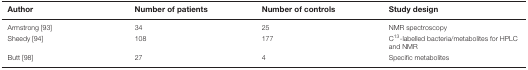
<table><thead><tr><td><b>Author</b></td><td><b>Number of patients</b></td><td><b>Number of controls</b></td><td><b>Study design</b></td></tr></thead><tbody><tr><td>Armstrong [93]</td><td>34</td><td>25</td><td>NMR spectroscopy</td></tr><tr><td>Sheedy [94]</td><td>108</td><td>177</td><td>C<sup>13</sup>-labelled bacteria/metabolites for HPLC and NMR</td></tr><tr><td>Butt [98]</td><td>27</td><td>4</td><td>Specific metabolites</td></tr></tbody></table>